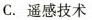
C. 遥感技术